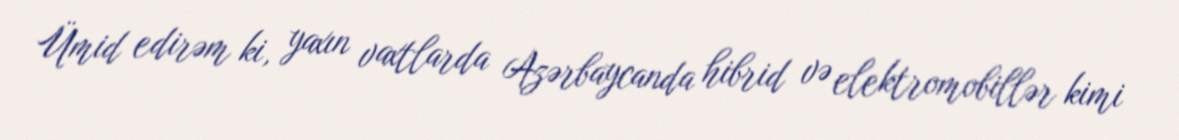
Ümid edirəm ki, yaxın vaxtlarda Azərbaycanda hibrid və elektromobillər kimi